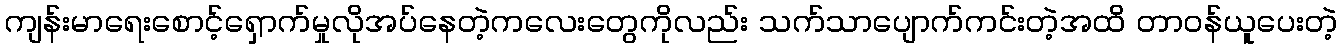
ကျန်းမာရေးစောင့်ရှောက်မှုလိုအပ်နေတဲ့ကလေးတွေကိုလည်း သက်သာပျောက်ကင်းတဲ့အထိ တာဝန်ယူပေးတဲ့